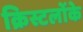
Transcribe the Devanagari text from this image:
क्रिस्टलोंके